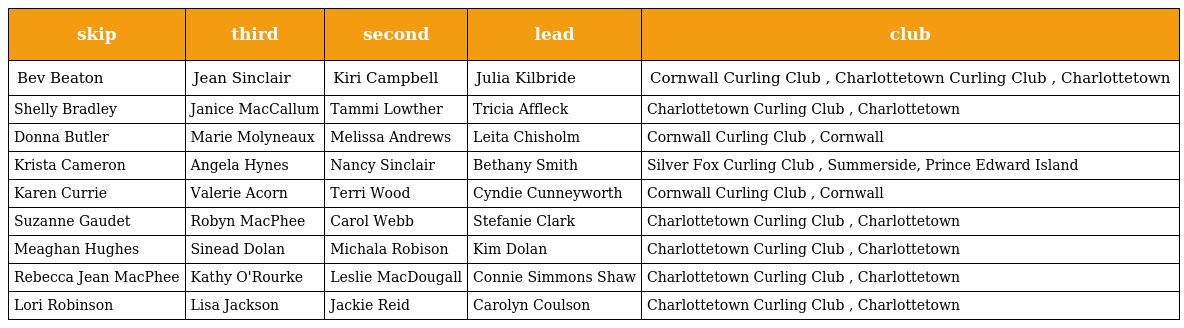
| skip | third | second | lead | club |
 | --- | --- | --- | --- | --- |
 | Bev Beaton | Jean Sinclair | Kiri Campbell | Julia Kilbride | Cornwall Curling Club , Charlottetown Curling Club , Charlottetown |
 | Shelly Bradley | Janice MacCallum | Tammi Lowther | Tricia Affleck | Charlottetown Curling Club , Charlottetown |
 | Donna Butler | Marie Molyneaux | Melissa Andrews | Leita Chisholm | Cornwall Curling Club , Cornwall |
 | Krista Cameron | Angela Hynes | Nancy Sinclair | Bethany Smith | Silver Fox Curling Club , Summerside, Prince Edward Island |
 | Karen Currie | Valerie Acorn | Terri Wood | Cyndie Cunneyworth | Cornwall Curling Club , Cornwall |
 | Suzanne Gaudet | Robyn MacPhee | Carol Webb | Stefanie Clark | Charlottetown Curling Club , Charlottetown |
 | Meaghan Hughes | Sinead Dolan | Michala Robison | Kim Dolan | Charlottetown Curling Club , Charlottetown |
 | Rebecca Jean MacPhee | Kathy O'Rourke | Leslie MacDougall | Connie Simmons Shaw | Charlottetown Curling Club , Charlottetown |
 | Lori Robinson | Lisa Jackson | Jackie Reid | Carolyn Coulson | Charlottetown Curling Club , Charlottetown |